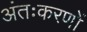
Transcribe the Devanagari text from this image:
अंतःकरणों